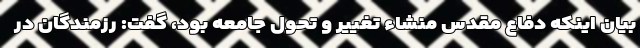
بیان اینکه دفاع مقدس منشاء تغییر و تحول جامعه بود، گفت: رزمندگان در